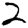
Digit: 2